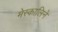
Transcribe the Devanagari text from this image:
मेस्कालिने